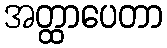
အတ္ထာပေတာ